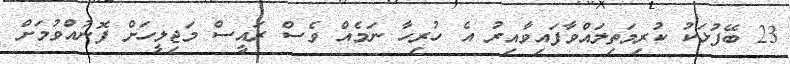
23 ބޭފުޅަކު ކުރިމަތިލައްވާފައިވާއިރު އެ ހުރިހާ ނަމެއް ވެސް ރައީސް މަޖިލީހަށް ފޮނުއްވުމަށް